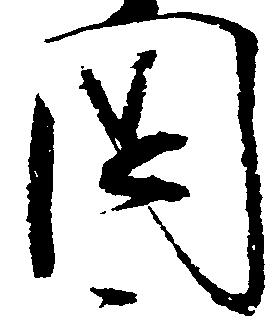
国